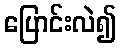
ပြောင်းလဲ၍